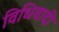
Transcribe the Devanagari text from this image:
विधिवादी